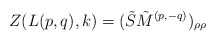
\begin{align*}Z(L(p,q),k)=(\tilde{S}\tilde{M}^{(p,-q)})_{\rho\rho}\end{align*}